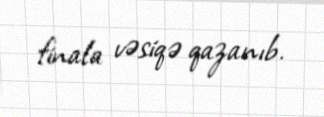
finala vəsiqə qazanıb.